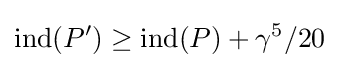
\operatorname {ind} (P')\geq \operatorname {ind} (P)+\gamma ^{5}/20